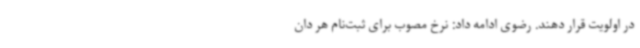
در اولویت قرار دهند. رضوی ادامه داد: نرخ مصوب برای ثبت‌نام هر دان